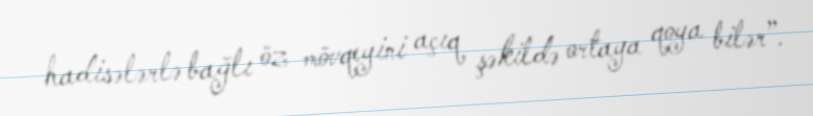
hadisələrlə bağlı öz mövqeyini açıq şəkildə ortaya qoya bilər”.